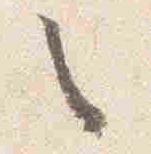
之